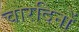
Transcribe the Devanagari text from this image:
चारदिनों